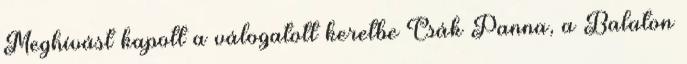
Meghívást kapott a válogatott keretbe Csák Panna, a Balaton